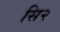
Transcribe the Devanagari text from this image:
सि२